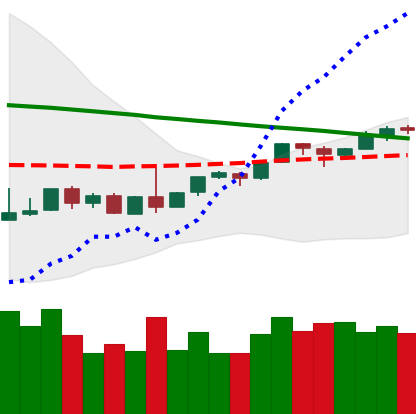
Ticker: BTC-USD
Chart end date: 2018-09-03
Forward return: -14.243%
Label: down_7plus